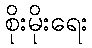
စိုးမိုးရေး